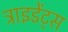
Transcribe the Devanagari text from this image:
ट्राइडेंट्स